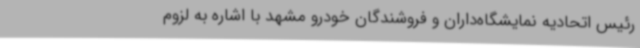
رئیس اتحادیه نمایشگاه‌داران و فروشندگان خودرو مشهد با اشاره به لزوم